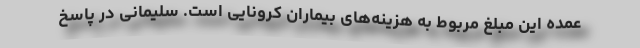
عمده این مبلغ مربوط به هزینه‌های بیماران کرونایی است. سلیمانی در پاسخ